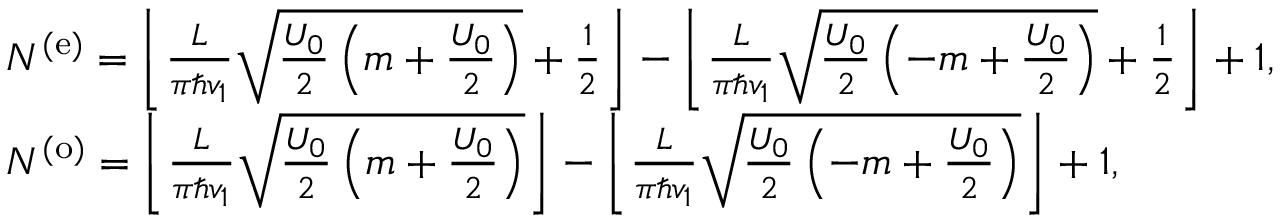
\begin{array} { r l } & { N ^ { ( \operatorname { e } ) } = \left\lfloor \frac { L } { \pi \hbar v _ { 1 } } \sqrt { \frac { U _ { 0 } } { 2 } \left( m + \frac { U _ { 0 } } { 2 } \right) } + \frac { 1 } { 2 } \right\rfloor - \left\lfloor \frac { L } { \pi \hbar v _ { 1 } } \sqrt { \frac { U _ { 0 } } { 2 } \left( - m + \frac { U _ { 0 } } { 2 } \right) } + \frac { 1 } { 2 } \right\rfloor + 1 , } \\ & { N ^ { ( \operatorname { o } ) } = \left\lfloor \frac { L } { \pi \hbar v _ { 1 } } \sqrt { \frac { U _ { 0 } } { 2 } \left( m + \frac { U _ { 0 } } { 2 } \right) } \right\rfloor - \left\lfloor \frac { L } { \pi \hbar v _ { 1 } } \sqrt { \frac { U _ { 0 } } { 2 } \left( - m + \frac { U _ { 0 } } { 2 } \right) } \right\rfloor + 1 , } \end{array}